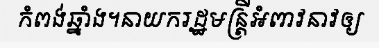
កំពង់ឆ្នាំង។នាយករដ្ឋមន្ត្រីអំពាវនាវឲ្យ